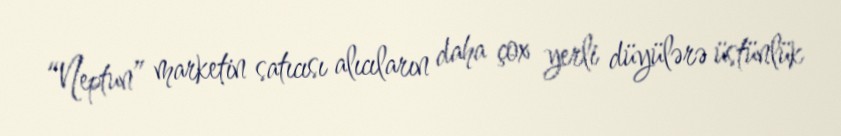
“Neptun” marketin satıcısı alıcıların daha çox yerli düyülərə üstünlük